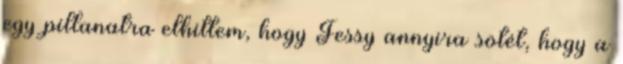
egy pillanatra elhittem, hogy Fessy annyira sötét, hogy a